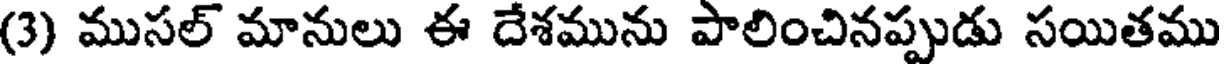
(3) ముసల్ మానులు ఈ దేశమును పాలించినప్పుడు సయితము